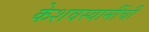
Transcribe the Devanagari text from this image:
केशवस्वामींची